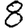
Digit: 8